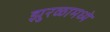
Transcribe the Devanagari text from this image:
झुरळामध्ये